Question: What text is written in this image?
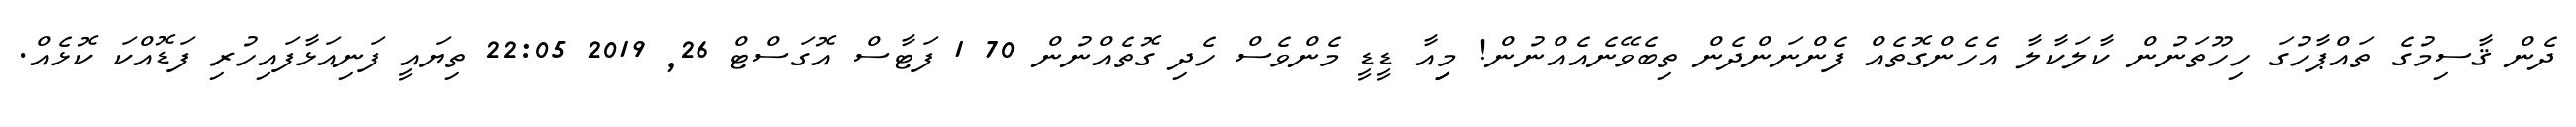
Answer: ދެން ޤާސިމުގެ ތައްޕާހުގަ ހިހޫތަނުން ކާލަކާލާ އެހެންގޮތެއް ފެންނަންދެން ތިބެވޭނެއެއްނުން! މިިިއާ ޑީޑީ މެންވެސް ހެދި ގޮތެއްނުން 70 1 ފަޓާސް އޮގަސްޓް 26, 2019 22:05 ތިޔައީ ފަނިއަޅާފައިހުރި ފަޑޮއްކަ ކޮޅެއް.